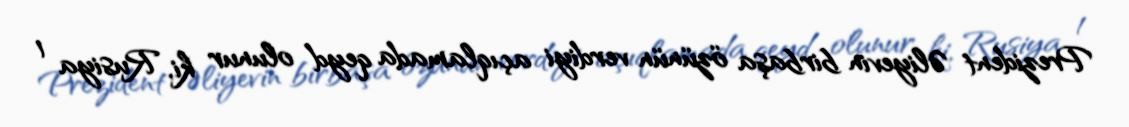
Prezident Əliyevin birbaşa özünün verdiyi açıqlamada qeyd olunur ki, Rusiya 1